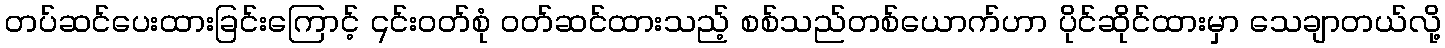
တပ်ဆင်ပေးထားခြင်းကြောင့် ၎င်းဝတ်စုံ ဝတ်ဆင်ထားသည့် စစ်သည်တစ်ယောက်ဟာ ပိုင်ဆိုင်ထားမှာ သေချာတယ်လို့